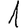
Digit: 1